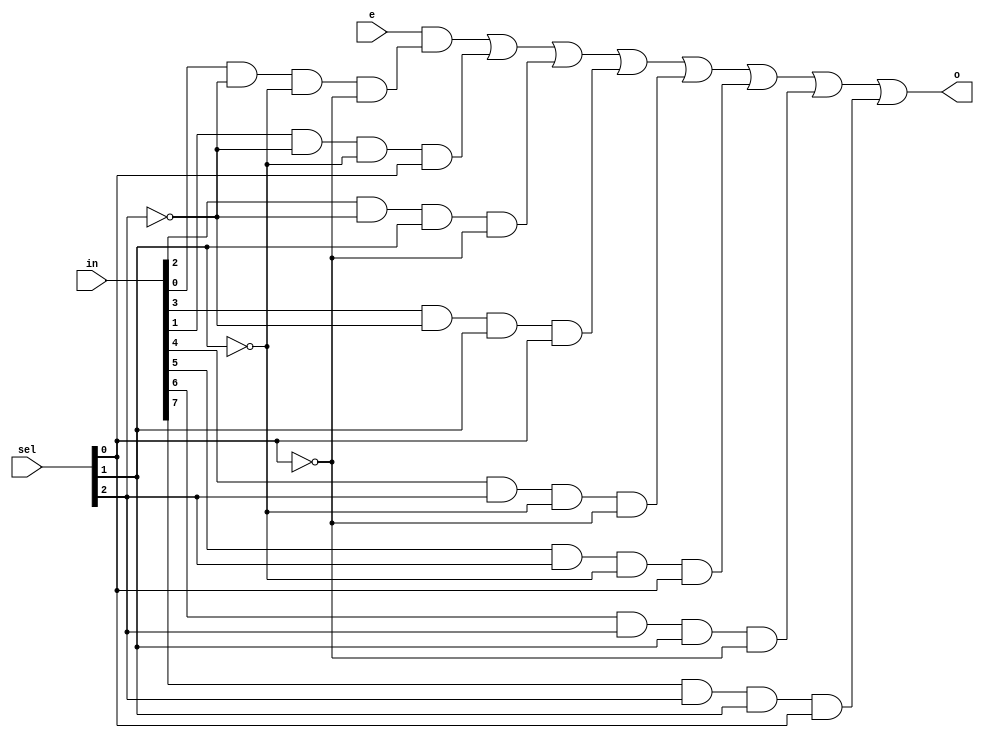
`timescale 1ns / 1ps
//////////////////////////////////////////////////////////////////////////////////
// Company: 
// Engineer: 
// 
// Design Name: 
// Module Name: m8_1e
// Project Name: 
// Target Devices: 
// Tool Versions: 
// Description: 
// 
// Dependencies: 
// 
// Revision:
// Revision 0.01 - File Created
// Additional Comments:
// 
//////////////////////////////////////////////////////////////////////////////////


module m8_1e(
input [7:0] in,
input [2:0] sel,
input e,
output o
 );
assign o=e&(in[0] & ~sel[2] & ~sel[1] & ~sel[0]) | (in[1] & ~sel[2] & ~sel[1] & sel[0]) | (in[2] & ~sel[2] & sel[1] & ~sel[0]) | (in[3] & ~sel[2] & sel[1] & sel[0])|
(in[4] & sel[2] & ~sel[1] & ~sel[0]) | (in[5] & sel[2] & ~sel[1] & sel[0]) | (in[6] & sel[2] & sel[1] & ~sel[0]) | (in[7] & sel[2] & sel[1] & sel[0]);

endmodule